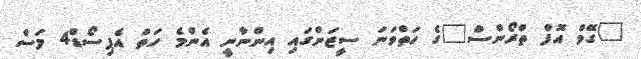
"ގޭމް އޮފް ތްރޯންސް"ގެ ހަތްވަނަ ސީޒަންގައި އިންނާނީ އެންމެ ހަތް އެޕިސޯޑް4 މަސް